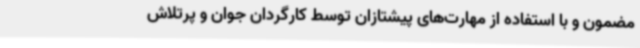
مضمون و با استفاده از مهارت‌های پیشتازان توسط کارگردان جوان و پرتلاش